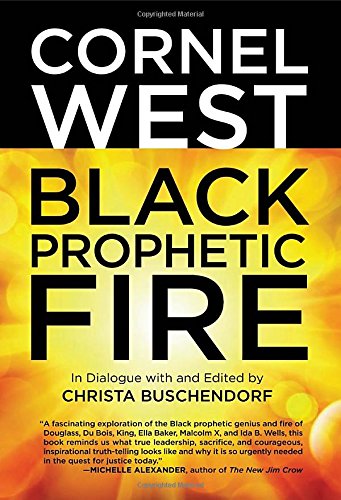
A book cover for Black Prophetic Fire; Cornel West; Biographies & Memoirs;